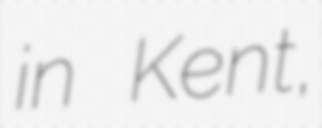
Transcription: in Kent,